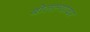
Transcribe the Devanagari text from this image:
बोलल्यावर